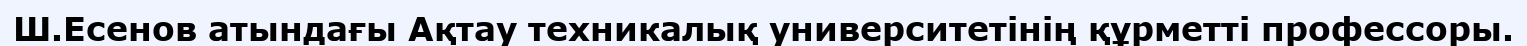
Ш.Есенов атындағы Ақтау техникалық университетінің құрметті профессоры.